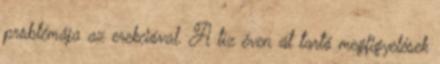
problémája az erekcióval. A tíz éven át tartó megfigyelések